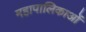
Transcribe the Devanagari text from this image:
महापालिकाओं